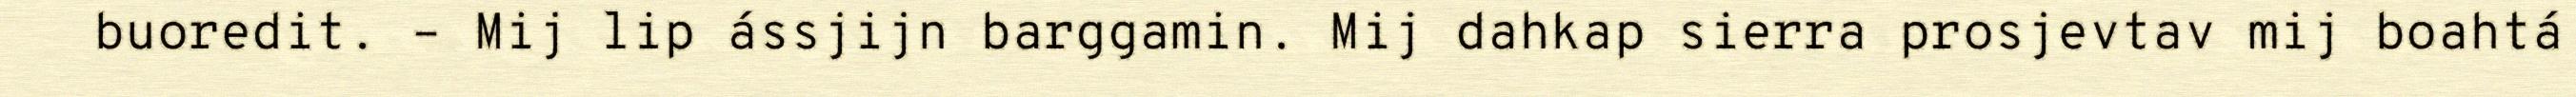
buoredit. – Mij lip ássjijn barggamin. Mij dahkap sierra prosjevtav mij boahtá